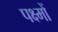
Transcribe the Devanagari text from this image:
पक्ष्मों